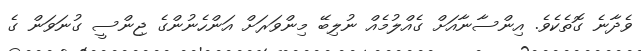
ވެދާނެ ގޮތެކެވެ. އިންސާނާއަށް ގެއްލުމެއް ނުލިބޭ މިންވަރަށް އަންހެނުންގެ ޖިންސީ ގުނަވަން ގެ